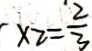
x _ { 2 } = \frac { 2 } { 3 }